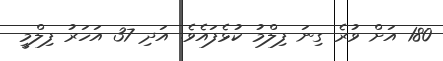
180 އަށް ވުރެ ގިނަ ފިލްމު ކުޅެފައެވެ. އަދި 37 އަހަރު ފިލްމީ